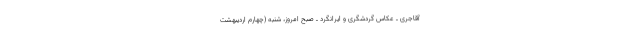
آقاجری ـ عکاس گردشگری و ایرانگرد ـ صبح امروز، شنبه (چهارم اردیبهشت